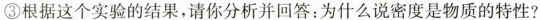
③根据这个实验的结果，请你分析并回答：为什么说密度是物质的特性?